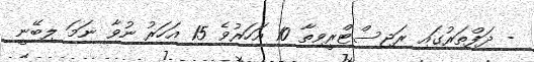
- ދަފްތަރުގައި ރަޖިސްޓްރީވިތާ 10 އަހަރުވެ 15 އަހަރު ނުވާ ނަމަ ލިބޭނީ